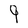
Character: 9